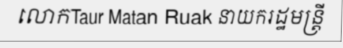
លោកTaur Matan Ruak នាយករដ្ឋមន្ត្រី